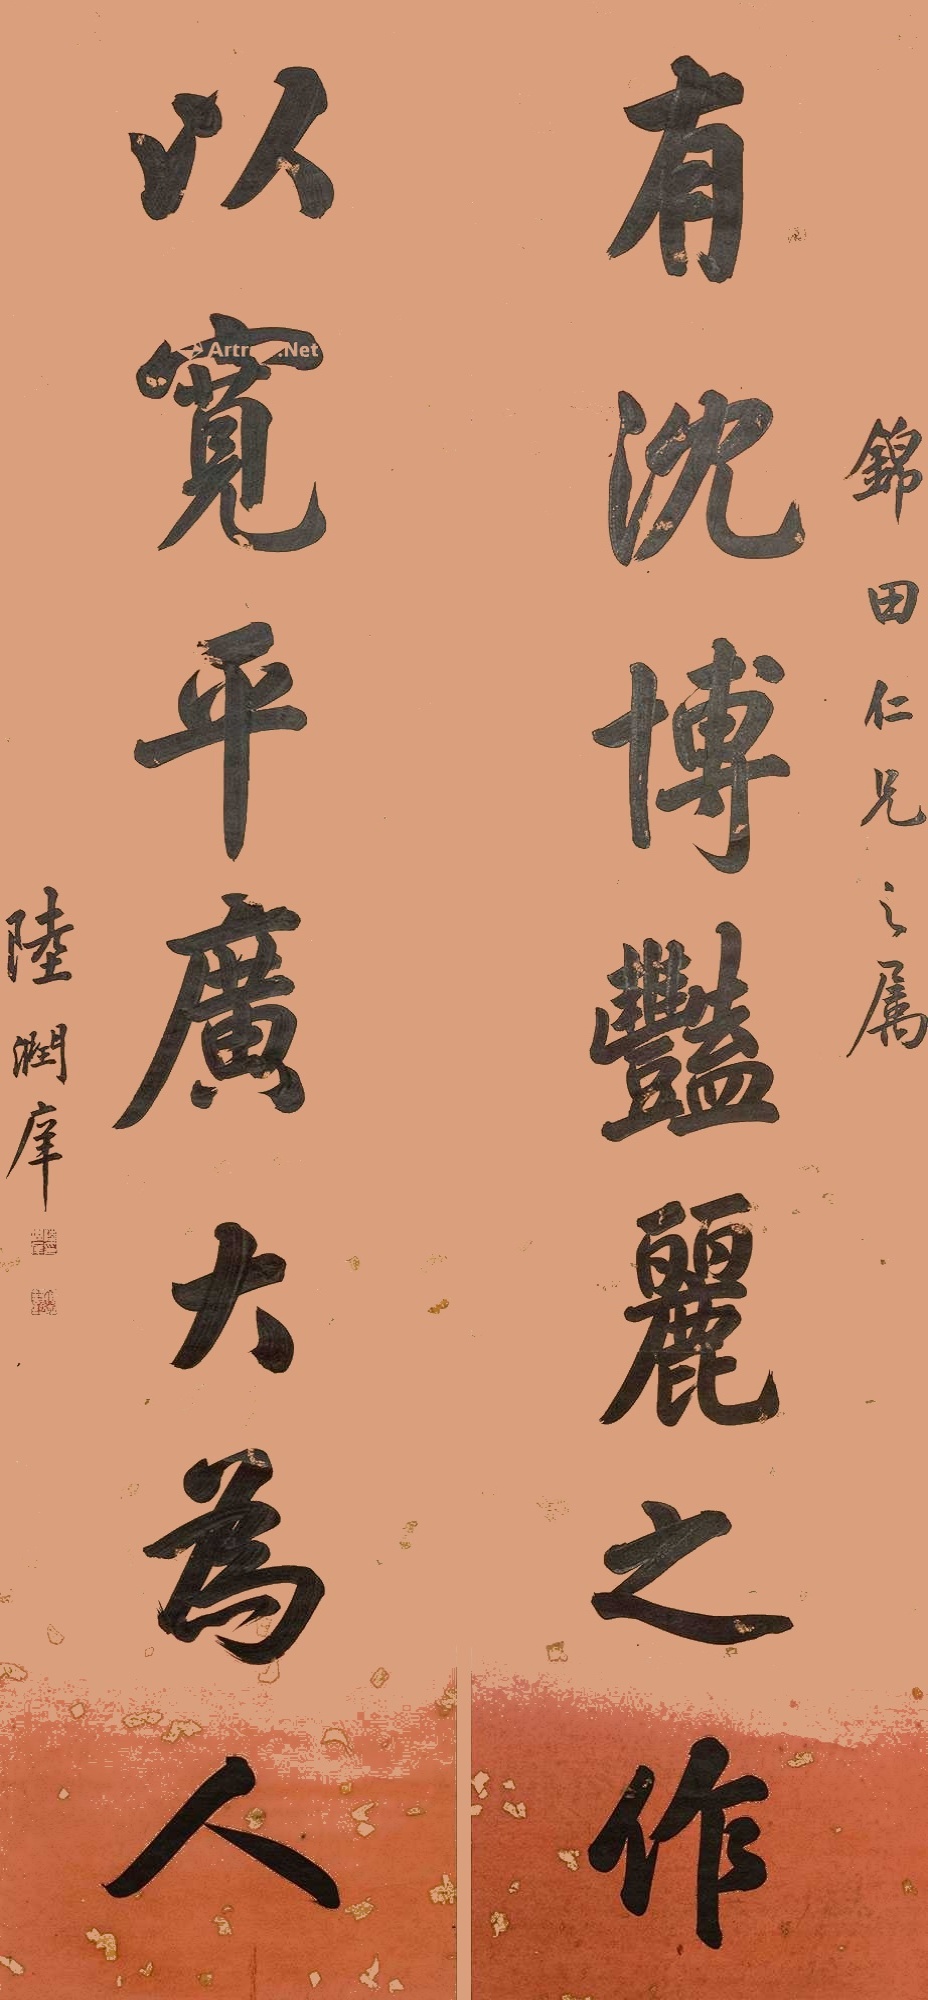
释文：有沈博艳丽之作，以宽平广大为人。锦田仁兄之属，陆润庠。